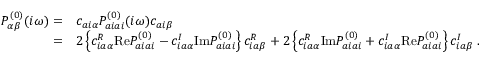
\begin{array} { r l } { P _ { \alpha \beta } ^ { ( 0 ) } ( i \omega ) = } & { c _ { a i \alpha } P _ { a i a i } ^ { ( 0 ) } ( i \omega ) c _ { a i \beta } } \\ { = } & { 2 \left\{ c _ { i a \alpha } ^ { R } \mathrm { R e } P _ { a i a i } ^ { ( 0 ) } - c _ { i a \alpha } ^ { I } \mathrm { I m } P _ { a i a i } ^ { ( 0 ) } \right\} c _ { i a \beta } ^ { R } + 2 \left\{ c _ { i a \alpha } ^ { R } \mathrm { I m } P _ { a i a i } ^ { ( 0 ) } + c _ { i a \alpha } ^ { I } \mathrm { R e } P _ { a i a i } ^ { ( 0 ) } \right\} c _ { i a \beta } ^ { I } \; . } \end{array}